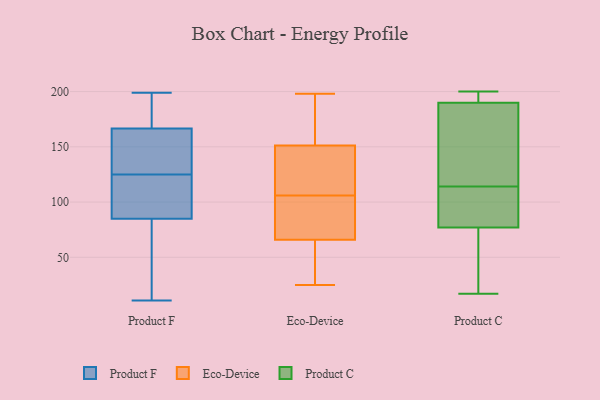
{"axis": {"x": "Energy Usage (MWh)", "y": "Value"}, "legend": ["Eco-Device", "Product C", "Product F"], "data": [{"x": "", "y": 199, "type": "Product F"}, {"x": "", "y": 125, "type": "Product F"}, {"x": "", "y": 168, "type": "Product F"}, {"x": "", "y": 42, "type": "Product F"}, {"x": "", "y": 191, "type": "Product F"}, {"x": "", "y": 95, "type": "Product F"}, {"x": "", "y": 162, "type": "Product F"}, {"x": "", "y": 88, "type": "Product F"}, {"x": "", "y": 132, "type": "Product F"}, {"x": "", "y": 11, "type": "Product F"}, {"x": "", "y": 84, "type": "Product F"}, {"x": "", "y": 150, "type": "Eco-Device"}, {"x": "", "y": 94, "type": "Eco-Device"}, {"x": "", "y": 155, "type": "Eco-Device"}, {"x": "", "y": 74, "type": "Eco-Device"}, {"x": "", "y": 138, "type": "Eco-Device"}, {"x": "", "y": 90, "type": "Eco-Device"}, {"x": "", "y": 167, "type": "Eco-Device"}, {"x": "", "y": 57, "type": "Eco-Device"}, {"x": "", "y": 198, "type": "Eco-Device"}, {"x": "", "y": 198, "type": "Eco-Device"}, {"x": "", "y": 130, "type": "Eco-Device"}, {"x": "", "y": 40, "type": "Eco-Device"}, {"x": "", "y": 122, "type": "Eco-Device"}, {"x": "", "y": 25, "type": "Eco-Device"}, {"x": "", "y": 32, "type": "Eco-Device"}, {"x": "", "y": 69, "type": "Eco-Device"}, {"x": "", "y": 106, "type": "Eco-Device"}, {"x": "", "y": 77, "type": "Product C"}, {"x": "", "y": 20, "type": "Product C"}, {"x": "", "y": 17, "type": "Product C"}, {"x": "", "y": 190, "type": "Product C"}, {"x": "", "y": 141, "type": "Product C"}, {"x": "", "y": 196, "type": "Product C"}, {"x": "", "y": 128, "type": "Product C"}, {"x": "", "y": 100, "type": "Product C"}, {"x": "", "y": 91, "type": "Product C"}, {"x": "", "y": 200, "type": "Product C"}]}